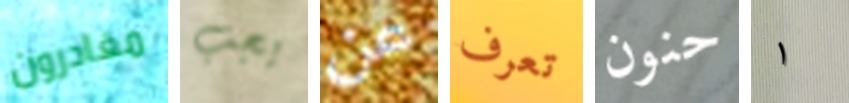
مغادرون يجب عن تعرف حنون ١